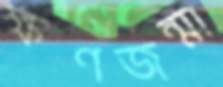
ক্ষণজন্মা